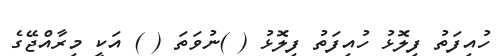
ހުއިފަތު ފިލޮޅު ހުއިފަތު ފިލޮޅު ( )ނުވަތަ ( ) އަކީ މިރާއްޖޭގެ